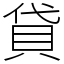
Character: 貸